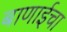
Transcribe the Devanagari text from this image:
बाणाईचा